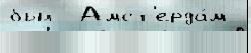
был  Амст'ерда́м